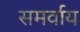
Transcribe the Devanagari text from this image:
समर्वाय